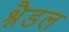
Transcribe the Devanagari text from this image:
श्नैडल